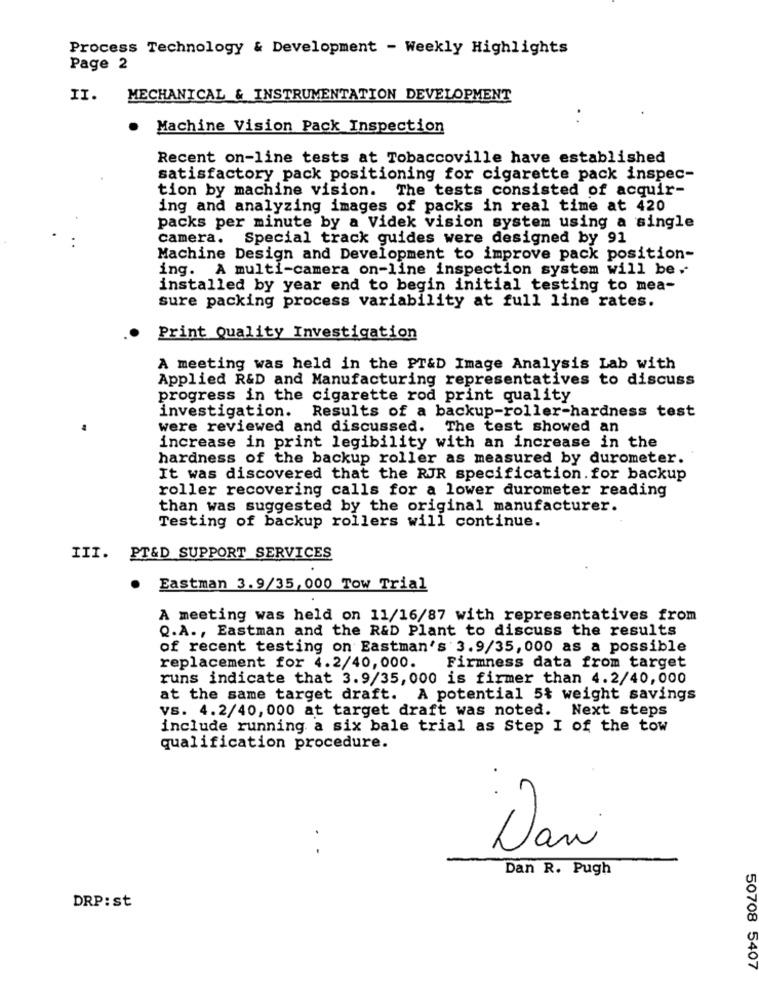
Process Technology & Development - Weekly Highlights
Page 2
II.
MECHANICAL & INSTRUMENTATION DEVELOPMENT
Machine Vision Pack Inspection
Recent on-line tests at Tobaccoville have established
satisfactory pack positioning for cigarette pack inspec-
tion by machine vision. The tests consisted of acquir-
ing and analyzing images of packs in real time at 420
packs per minute by a Videk vision system using a single
camera. Special track guides were designed by 91
Machine Design and Development to improve pack position-
ing. A multi-camera on-line inspection system will be.
installed by year end to begin initial testing to mea-
sure packing process variability at full line rates.
Print Quality Investigation
A meeting was held in the PT&D Image Analysis Lab with
Applied R&D and Manufacturing representatives to discuss
progress in the cigarette rod print quality
investigation. Results of a backup-roller-hardness test
were reviewed and discussed. The test showed an
increase in print legibility with an increase in the
hardness of the backup roller as measured by durometer.
It was discovered that the RJR specification.for backup
roller recovering calls for a lower durometer reading
than was suggested by the original manufacturer.
Testing of backup rollers will continue.
III. PT&D SUPPORT SERVICES
.
Eastman 3.9/35, 000 Tow Trial
A meeting was held on 11/16/87 with representatives from
Q.A ., Eastman and the R&D Plant to discuss the results
of recent testing on Eastman's 3.9/35,000 as a possible
replacement for 4.2/40,000.
Firmness data from target
runs indicate that 3.9/35, 000 is firmer than 4.2/40,000
at the same target draft. A potential 5% weight savings
vs. 4.2/40, 000 at target draft was noted. Next steps
include running a six bale trial as Step I of the tow
qualification procedure.
..
Dani
Dan R. Pugh
DRP:st
50708 5407